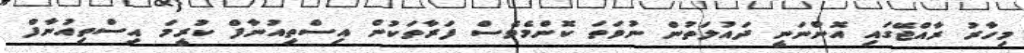
މިހާރު ރާއްޖޭގައި އޮންނަނީ ދައުލަތުން ނުވަތަ ކޮންމެވެސް ފަރާތަކުން އިސްތިއުނާފް ކުރީމަ އިސްތިއުނާފް